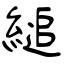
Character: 縋